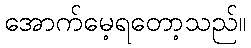
အောက်မေ့ရတော့သည်။